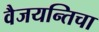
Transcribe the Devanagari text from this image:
वैजयन्तिचा